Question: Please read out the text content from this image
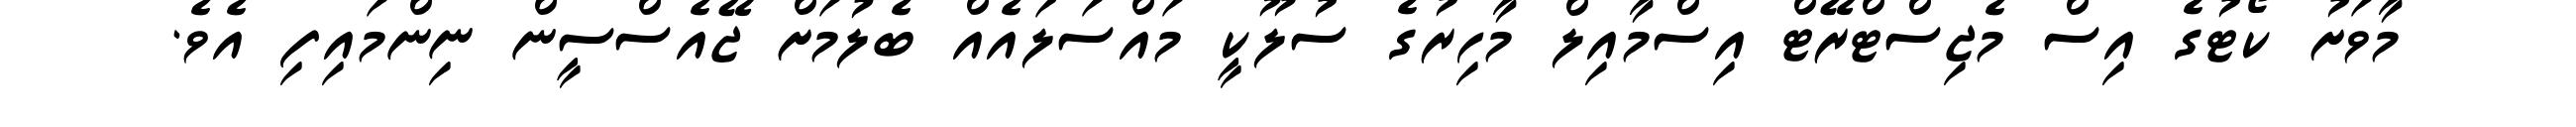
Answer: މާވަށު ކޯޓުގެ އިސް މެޖިސްޓްރޭޓް އިސްމާއިލް މާހިރުގެ ސުލޫކީ މައްސަލައެއް ބެލުމަށް ޖޭއެސްސީން ނިންމައިފި އެވެ.